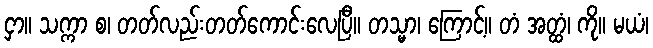
ငှာ။ သက္ကာ စ၊ တတ်လည်းတတ်ကောင်းလေပြီ။ တသ္မာ၊ ကြောင့်။ တံ အတ္ထံ၊ ကို။ မယံ၊